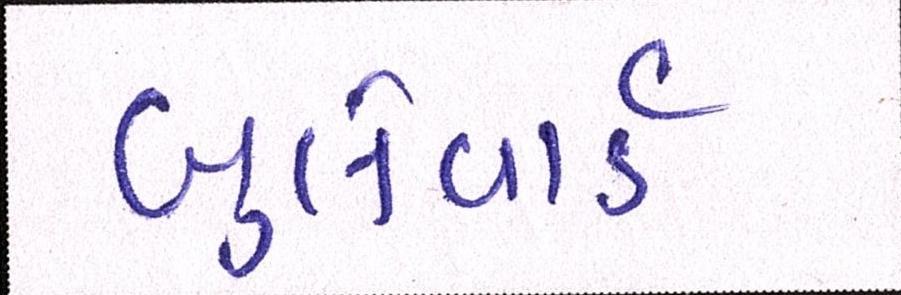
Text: બુલેવાર્ડ